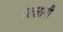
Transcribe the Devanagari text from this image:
रतलानी